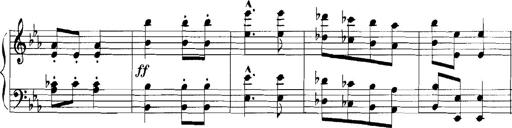
Title: Rhapsodies hongroises
Composer: Franz Liszt